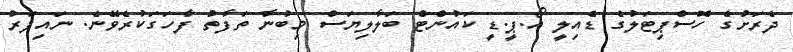
ދެރަށުގެ ހޮސްޕިޓަލުގެ ޑެއިލީ އޯ.ޕީ.ޑީ ކައުންޓް ބަލާލިޔަސް މިބުނާ ތަފާތު ފާހަގަކުރެވޭނެ. ނައިފަރު